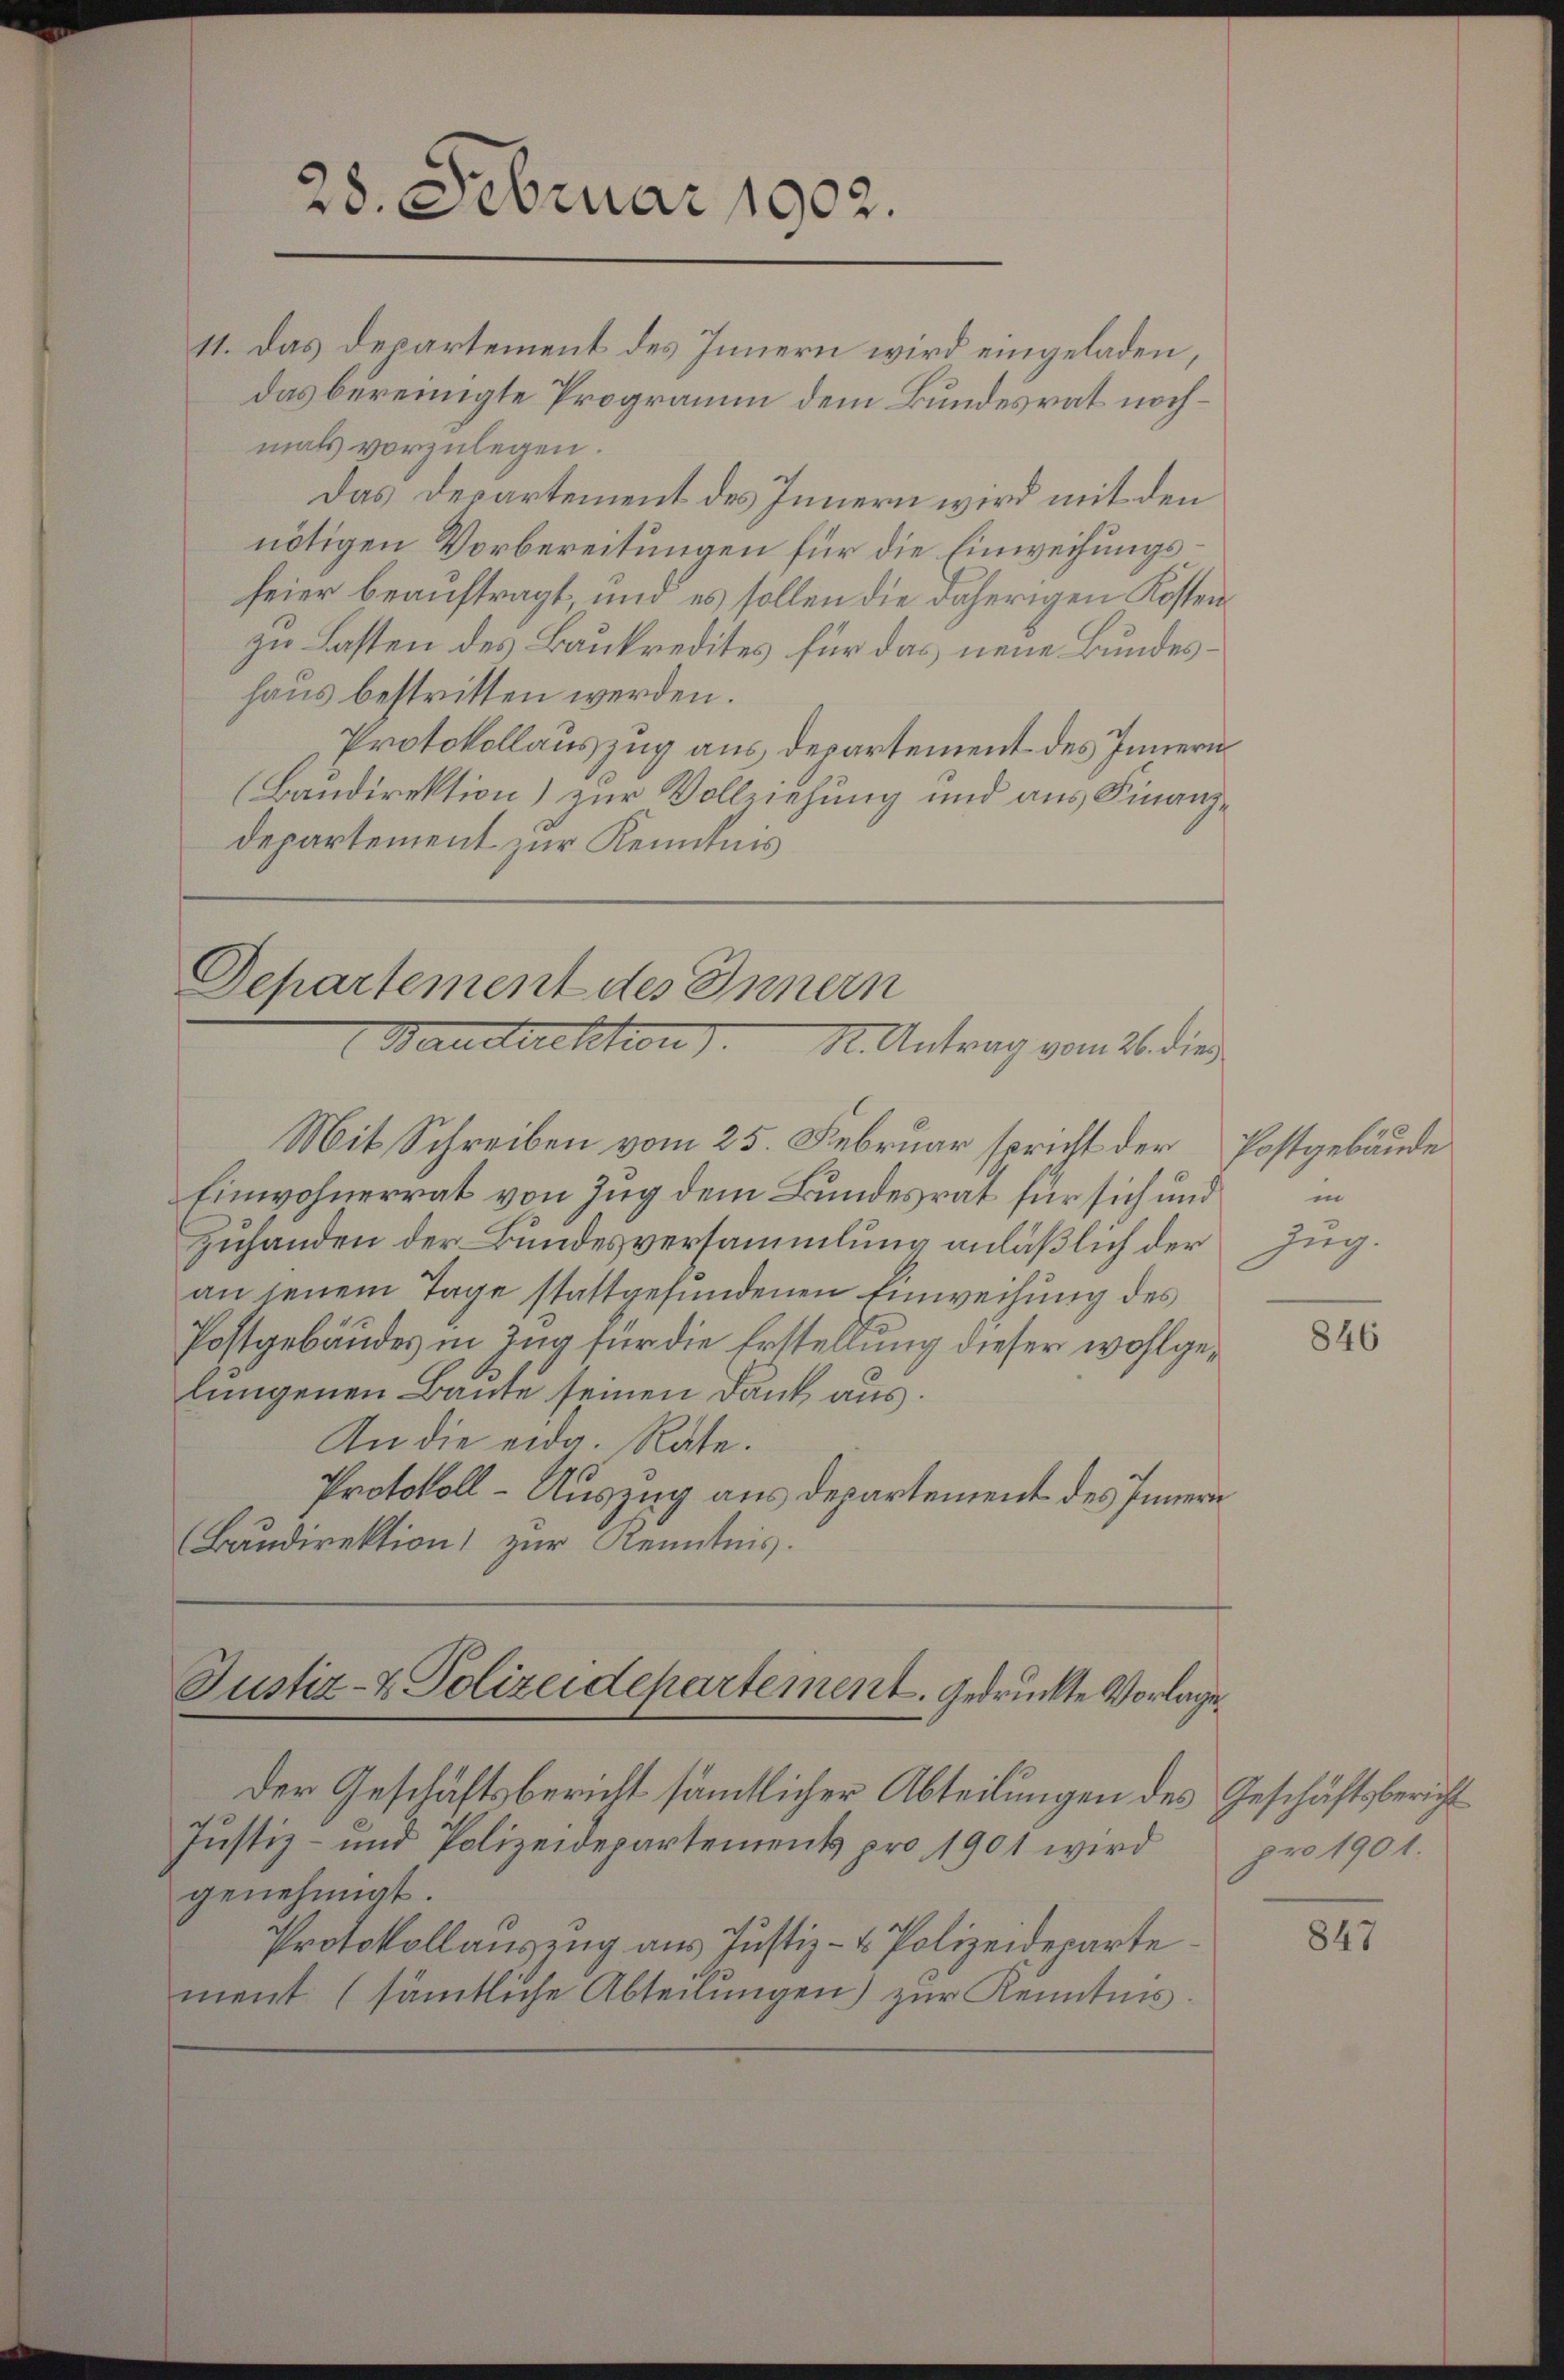
11. Das Decartement des Innern wird eingeladen,
das bereinigte Programm dem Bundesrat nochmals vorzulegen.
Das Departement des Innern wird mit den
nötigen Vorbereitungen für die Einweihungsfeier beauftragt, und es sollen die daherigen Kosten
zu Lasten des Baukredites für das neue Bundeshaus bestritten werden.
Protokollauszug aus departement des Innern
(Baudirektion) zur Vollziehung und aus Finanzdepartement zur Kenntnis

28. Februar 1902.

Departement des Innern
Baustrektion d. M. Antrag vom 26. die
Mit Schreiben vom 25. Februar spricht der Postgebäude

Einwohnerrat von Zug dem Bundesrat für sich und
Zuhanden der Bundesversammlung anläßlich der Zug.
an jenem Tage stattgefundenen Einweisung des
Postgebäudes in Zug für die Erstellung dieser wohlgelungenen Baute seinen Dank aus.
An die eidg. Rate.
Protokoll - Auszug aus Departement des Innern
Baudirektion zur Kenntnis.

Justiz- & Polizeidepartement. Gedrückte Vorlage.
Der Geschäftsbericht sämmtlicher Abteilungen des Geschäftsbericht

Justiz- und Polizeidepartements pro 1901 wird pro 1901.
genehmigt.
Protokollanzeng aus Justiz- & Polizeideparte
ment (sämtliche Abteilungen) zur Kenntnis.

in

846

847